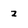
Character: z